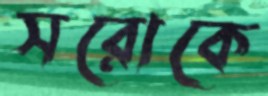
সরোকে